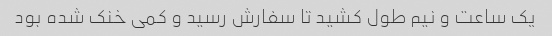
یک ساعت و نیم طول کشید تا سفارش رسید و کمی خنک شده بود